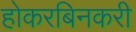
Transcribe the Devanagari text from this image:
होकरबिनकरी